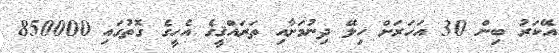
އޭކަރު ބިން 30 އަހަރަށް ހިލޭ ދިނުމަށާއި ތަރައްޤީގެ އެހީގެ ގޮތުގައި 850000